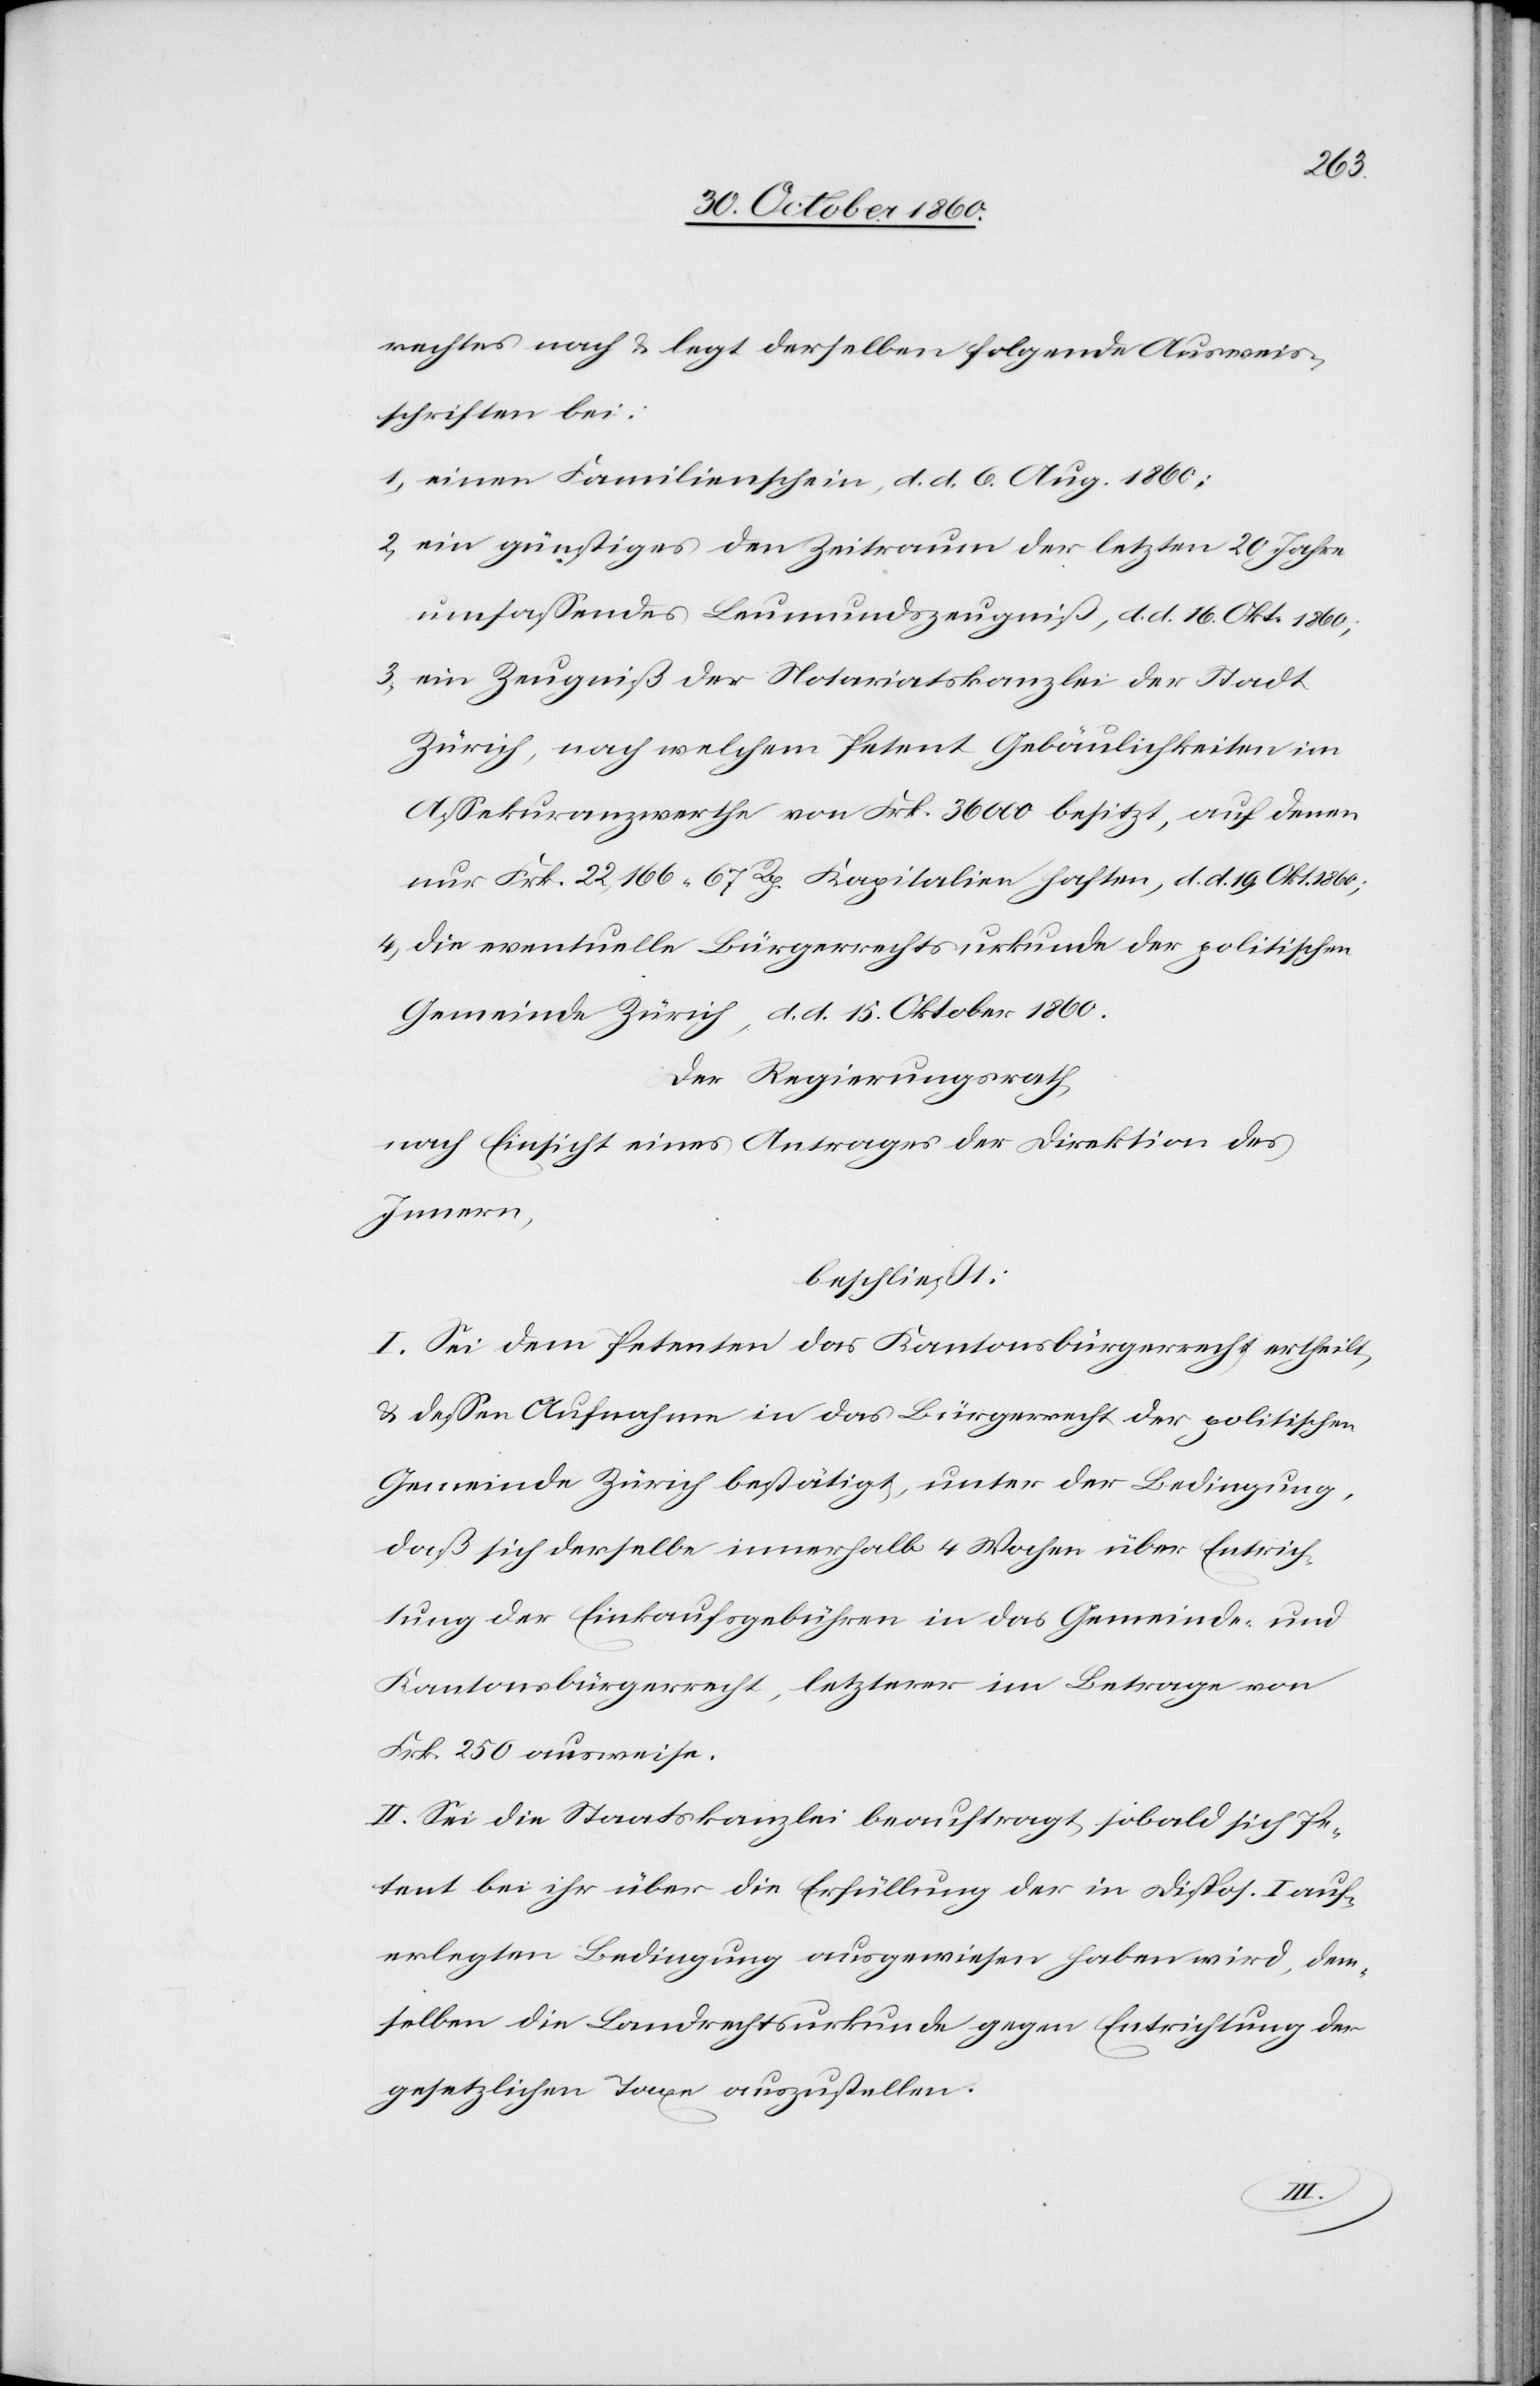
rechtes nach u. legt derselben folgende Ausweis¬
schriften bei:
1) einen Familienschein, d. d. 6. Aug. 1860;
2) ein günstiges den Zeitraum der letzten 20 Jahre
umfassendes Leumundszeugniß, d. d. 16. Okt. 1860;
3) ein Zeugniß der Notariatskanzlei der Stadt
Zürich, nach welchem Petent Gebäulichkeiten im
Assekuranzwerthe von Frk. 36 000 besitzt, auf denen
nur Frk. 22,166 67 Rp. Kapitalien haften, d. d. 19. Okt. 1860;
4) die eventuelle Bürgerrechtsurkunde der politischen
Gemeinde Zürich, d. d. 15. Oktober 1860.
Der Regierungsrath,
nach Einsicht eines Antrages der Direktion des
Innern,
beschließt:
I. Sei dem Petenten das Kantonsbürgerrecht ertheilt,
u. dessen Aufnahme in das Bürgerrecht der politischen
Gemeinde Zürich bestätigt, unter der Bedingung,
daß sich derselbe innerhalb 4 Wochen über Entrich¬
tung der Einkaufgebühren in das Gemeinde- und
Kantonsbürgerrecht, letzterer im Betrage von
Frk. 250 ausweise.
II. Sei die Staatskanzlei beauftragt, sobald sich Pe¬
tent bei ihr über die Erfüllung der in Dispos. I auf¬
erlegten Bedingung ausgewiesen haben wird, dem¬
selben die Landrechtsurkunde gegen Entrichtung der
gesetzlichen Taxe auszustellen.